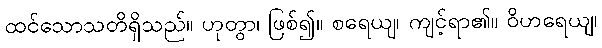
ထင်သောသတိရှိသည်။ ဟုတွာ၊ ဖြစ်၍။ စရေယျ၊ ကျင့်ရာ၏။ ဝိဟရေယျ၊